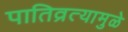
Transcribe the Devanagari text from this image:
पातिव्रत्यामुळे